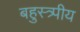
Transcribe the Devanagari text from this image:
बहुस्त्र्पीय